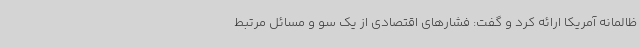
ظالمانه آمریکا ارائه کرد و گفت: فشارهای اقتصادی از یک سو و مسائل مرتبط